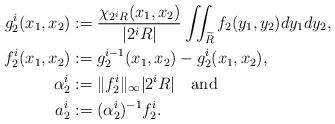
LaTeX: \begin{align*}g_2^{i}(x_1,x_2)&:={\chi_{2^{i}R}(x_1,x_2)\over |2^i R|}\iint_{\widetilde R}f_2(y_1,y_2)dy_1dy_2,\\f_2^{i}(x_1,x_2)&:= g_2^{i-1}(x_1,x_2)-g_2^{i}(x_1,x_2),\\\alpha_2^i&:=\|f_2^i\|_\infty |2^iR| \quad{\rm and}\\a_2^i&:= (\alpha_2^i)^{-1} f_2^i.\end{align*}